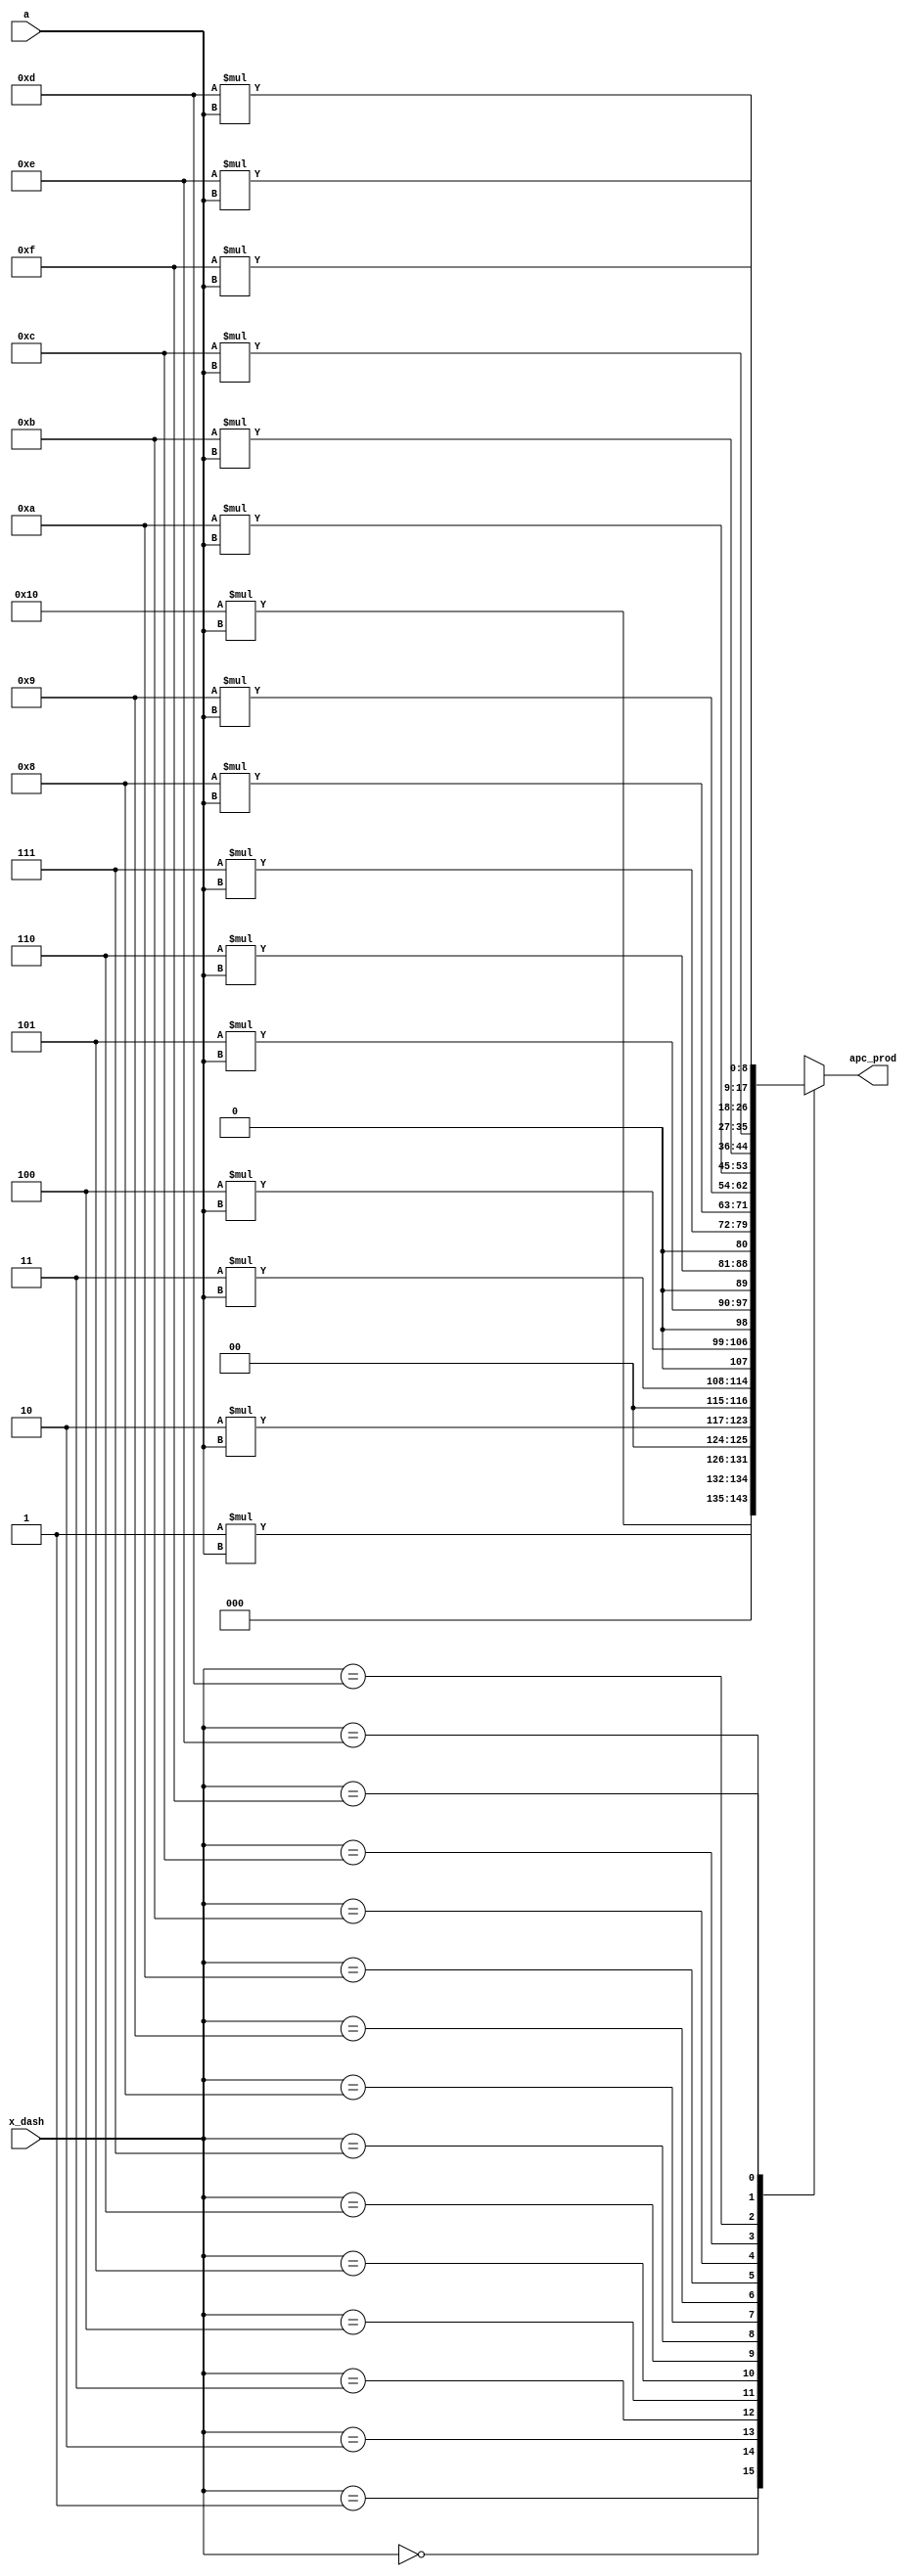
module lut(x_dash,a,apc_prod);
 input [3:0] x_dash;
 input [4:0] a;
 output reg [8:0] apc_prod;
 reg [31:0] apc_prod1;
 always @(*)
 begin
  case(x_dash)
		4'b0000:begin
		apc_prod1=16*a;	
		end	
		4'b0001:begin
		apc_prod1=1*a;
		end
		4'b0010:begin
		apc_prod1=2*a;
		end
		4'b0011:begin
		apc_prod1=3*a;
		end
		4'b0100:begin
		apc_prod1=4*a;
		end
		4'b0101:begin
		apc_prod1=5*a;
		end
		4'b0110:begin
		apc_prod1=6*a;
		end
		4'b0111:begin
		apc_prod1=7*a;
		end
		4'b1000:begin
		apc_prod1=8*a;
		end
		4'b1001:begin
		apc_prod1=9*a;
		end
		4'b1010:begin
		apc_prod1=10*a;
		end
		4'b1011:begin
		apc_prod1=11*a;
		end
		4'b1100:begin
		apc_prod1=12*a;
		end
		4'b1101:begin
		apc_prod1=13*a;
		end
		4'b1110:begin
		apc_prod1=14*a;
		end
		4'b1111:begin
		apc_prod1=15*a;
		end
   endcase 	
	apc_prod=apc_prod1[8:0];
 end	
endmodule